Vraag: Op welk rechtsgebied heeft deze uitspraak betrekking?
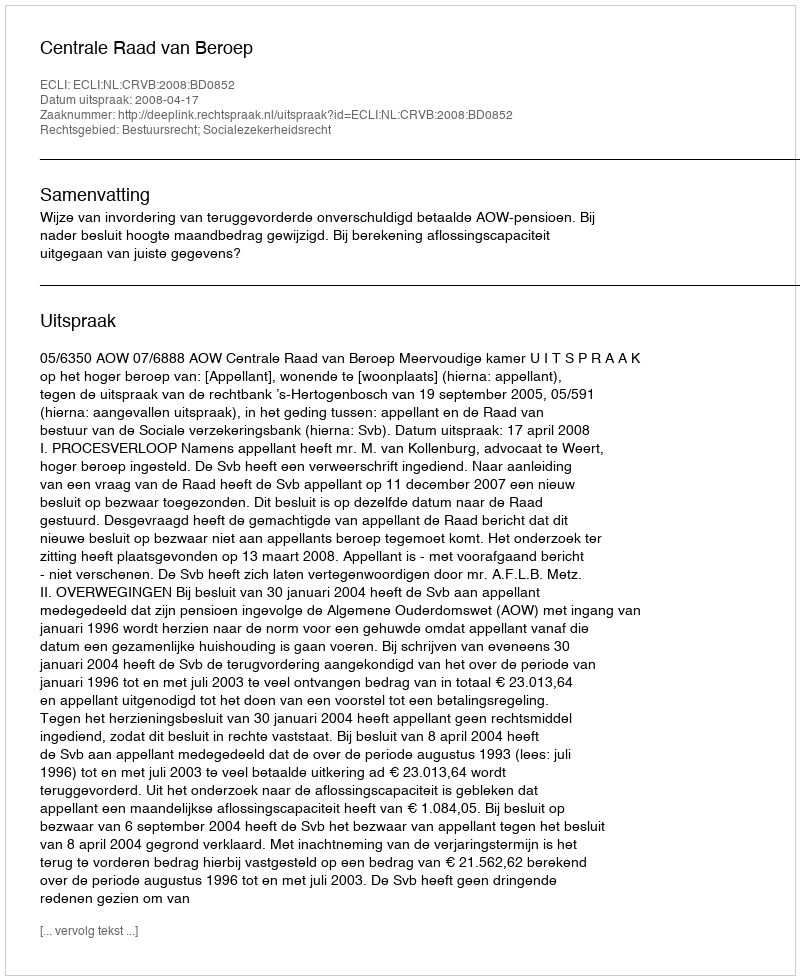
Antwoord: Bestuursrecht; Socialezekerheidsrecht